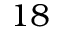
1 8